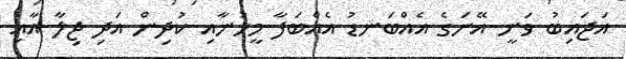
އަޖައިބު ވަނީ އޭނަގެ އެއްބަނޑު އެއްބަފާ މީހުނާއި ކުދިން އަދި ޖިލާ އާއި